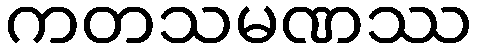
ကတသမဏဿ